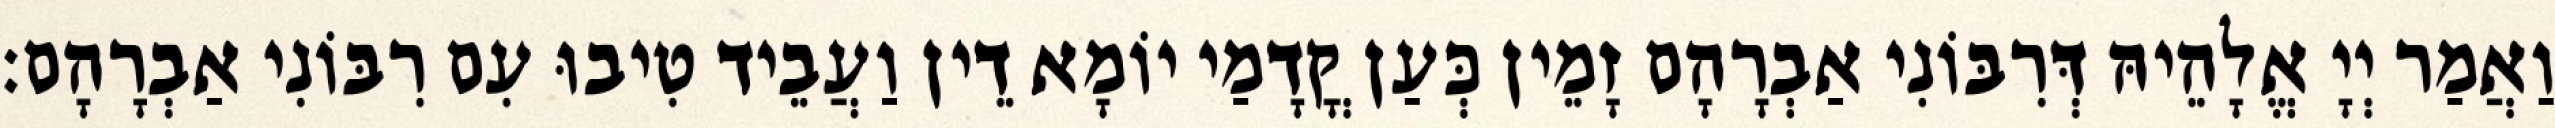
וַאֲמַר יְיָ אֱלָהֵיהּ דְּרִבּוֹנִי אַבְרָהָם זָמֵין כְּעַן קֳדָמַי יוֹמָא דֵין וַעֲבֵיד טִיבוּ עִם רִבּוֹנִי אַבְרָהָם׃